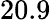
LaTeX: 20.9